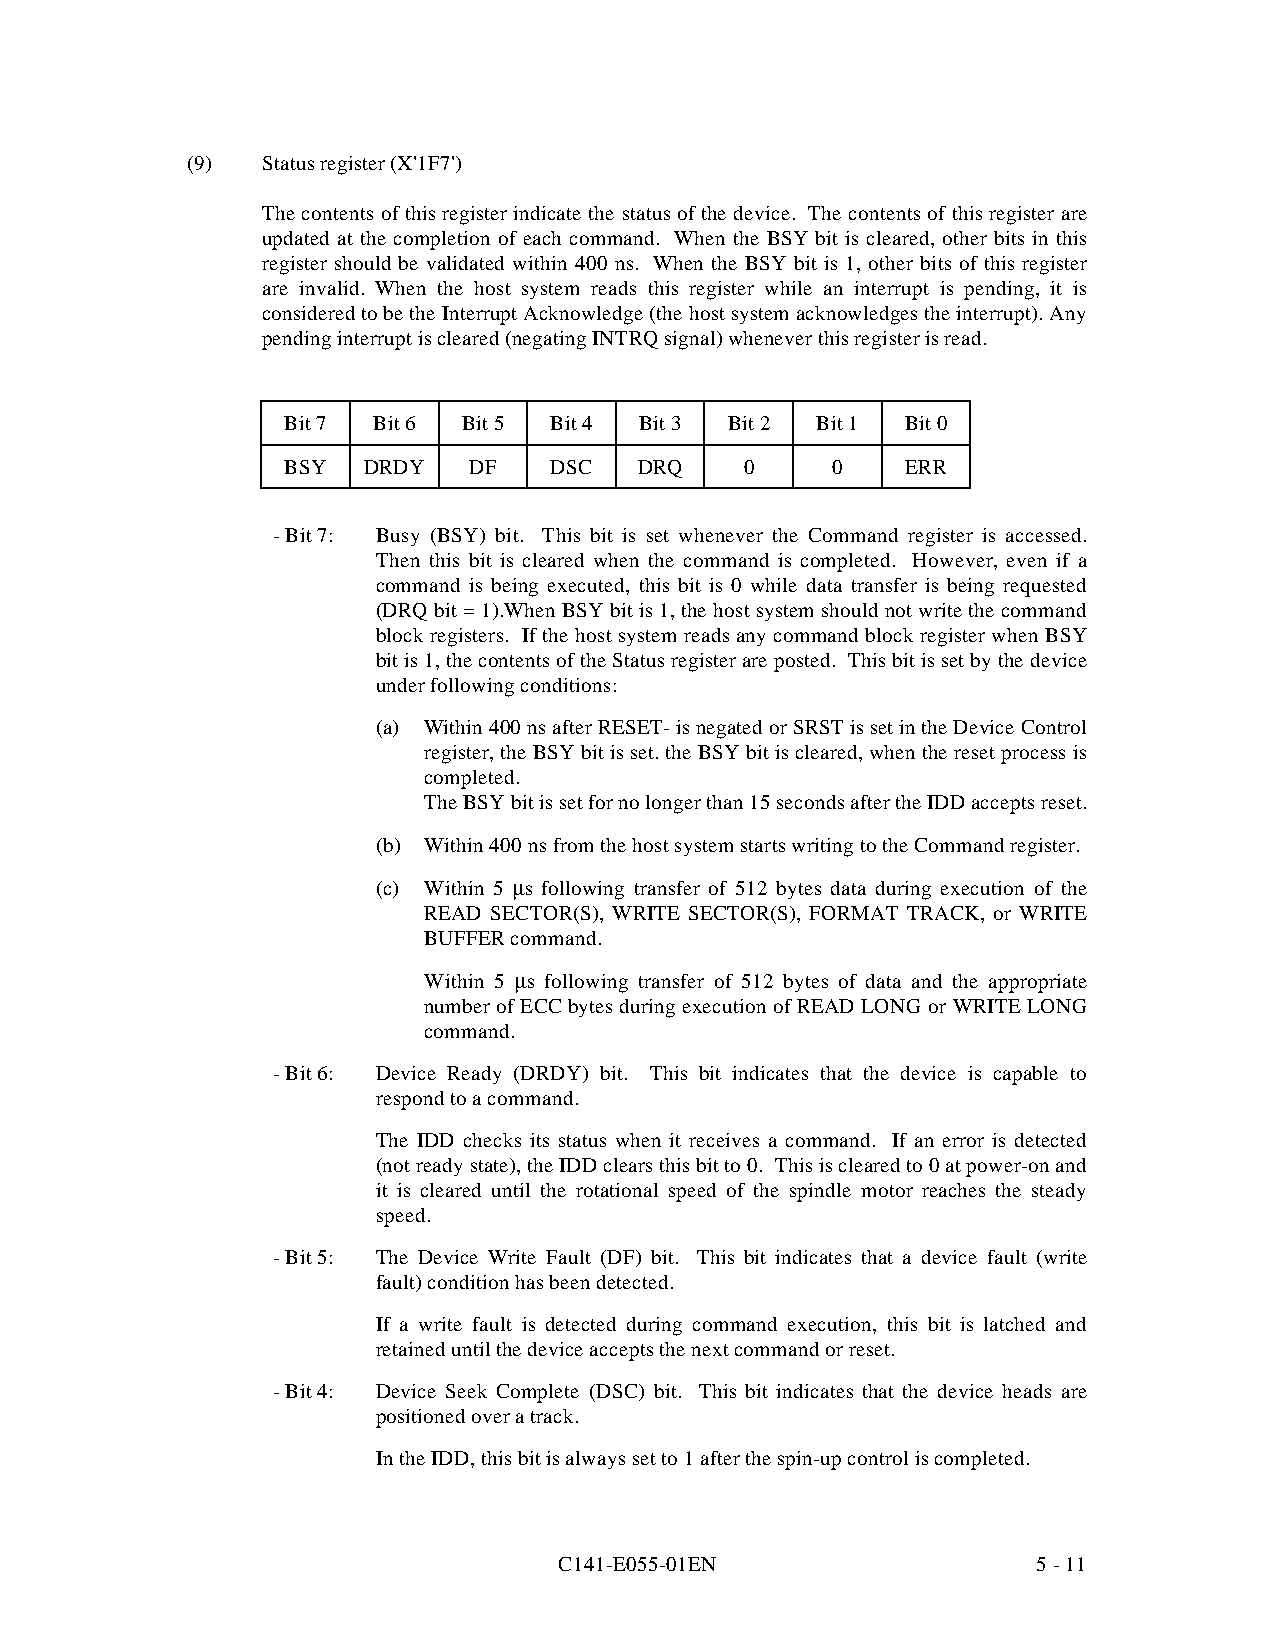
(9)  Status register (X'1F7')
 The contents of this register indicate the status of the device. The co ntents of this register are
 updated at the completion of each command. When the BSY bit is cleared, other bits in this
 register should be validated within 400 ns. When the BSY bit is 1, other bits of this register
 are invalid. When the host system reads this register while an interrupt is pending, it is
 considered to be the Interrupt Acknowledge (the host system acknowledges the interrupt). Any
 pending interrupt is cleared (negating INTRQ signal) whenever this register is read.
 Bit 7 Bit 6 Bit 5 Bit 4 Bit 3 Bit 2 Bit 1 Bit 0
 BSY  DRDY   DF   DSC   DRQ    0     0    ERR
 - Bit 7: Busy (BSY) bit. This bit is set whenever the Command register is accessed.
 Then this bit is cleared when the command is completed. However, even if a
 command is being executed, this bit is 0 while data transfer is being requested
 (DRQ bit = 1).When BSY bit is 1, the host system should not write the command
 block registers. If the host system reads any command block register when BSY
 bit is 1, the contents of the Status register are posted. This bit is set by the device
 under following conditions:
 (a) Within 400 ns after RESET- is negated or SRST is set in the Device Control
 register, the BSY bit is set. the BSY bit is cleared, when the reset process is
 completed.
 The BSY bit is set for no longer than 15 seconds after the IDD accepts reset.
 (b) Within 400 ns from the host system starts writing to the Command register.
 (c) Within 5 m s following transfer of 512 bytes data during execution of the
 READ SECTOR(S), WRITE SECTOR(S), FORMAT TRACK, or WRITE
 BUFFER command.
 Within 5 m s following transfer of 512 bytes of data and the appropriate
 number of ECC bytes during execution of READ LONG or WRITE LONG
 command.
 - Bit 6: Device Ready (DRDY) bit. This bit indicates that the device is capable to
 respond to a command.
 The IDD checks its status when it receives a command. If an error is detected
 (not ready state), the IDD clears this bit to 0. This is cleared to 0 at power-on and
 it is cleared until the rotational speed of the spindle motor reaches the steady
 speed.
 - Bit 5: The Device Write Fault (DF) bit. This bit indicates that a device fault (write
 fault) condition has been detected.
 If a write fault is detected during command execution, this bit is latched and
 retained until the device accepts the next command or reset.
 - Bit 4: Device Seek Complete (DSC) bit. This bit indicates that the device heads are
 positioned over a track.
 In the IDD, this bit is always set to 1 after the spin-up control is completed.
 C141-E055-01EN                  5 - 11